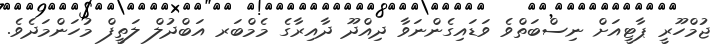
ޖުމްހޫރީ ޕާޓީއަށް ނިސްބަތްވެ ވަޑައިގެންނަވާ ދިއްދޫ ދާއިރާގެ މެމްބަރ އަބްދުލް ލަތީފް މުހަންމަދެވެ.